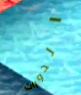
الدورات